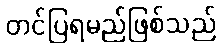
တင်ပြရမည်ဖြစ်သည်